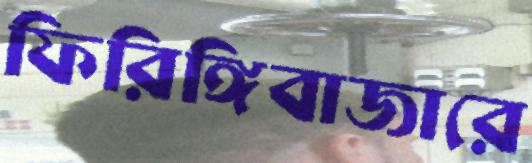
ফিরিঙ্গিবাজারে